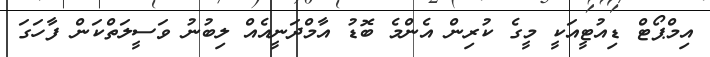
އިމްޕޯޓް ޑިއުޓީއަކީ މީގެ ކުރިން އެންމެ ބޮޑު އާމްދަނީއެއް ލިބުނު ވަސީލަތްކަން ފާހަގަ